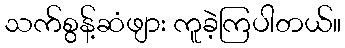
သက်စွန့်ဆံဖျား ကူခဲ့ကြပါတယ်။